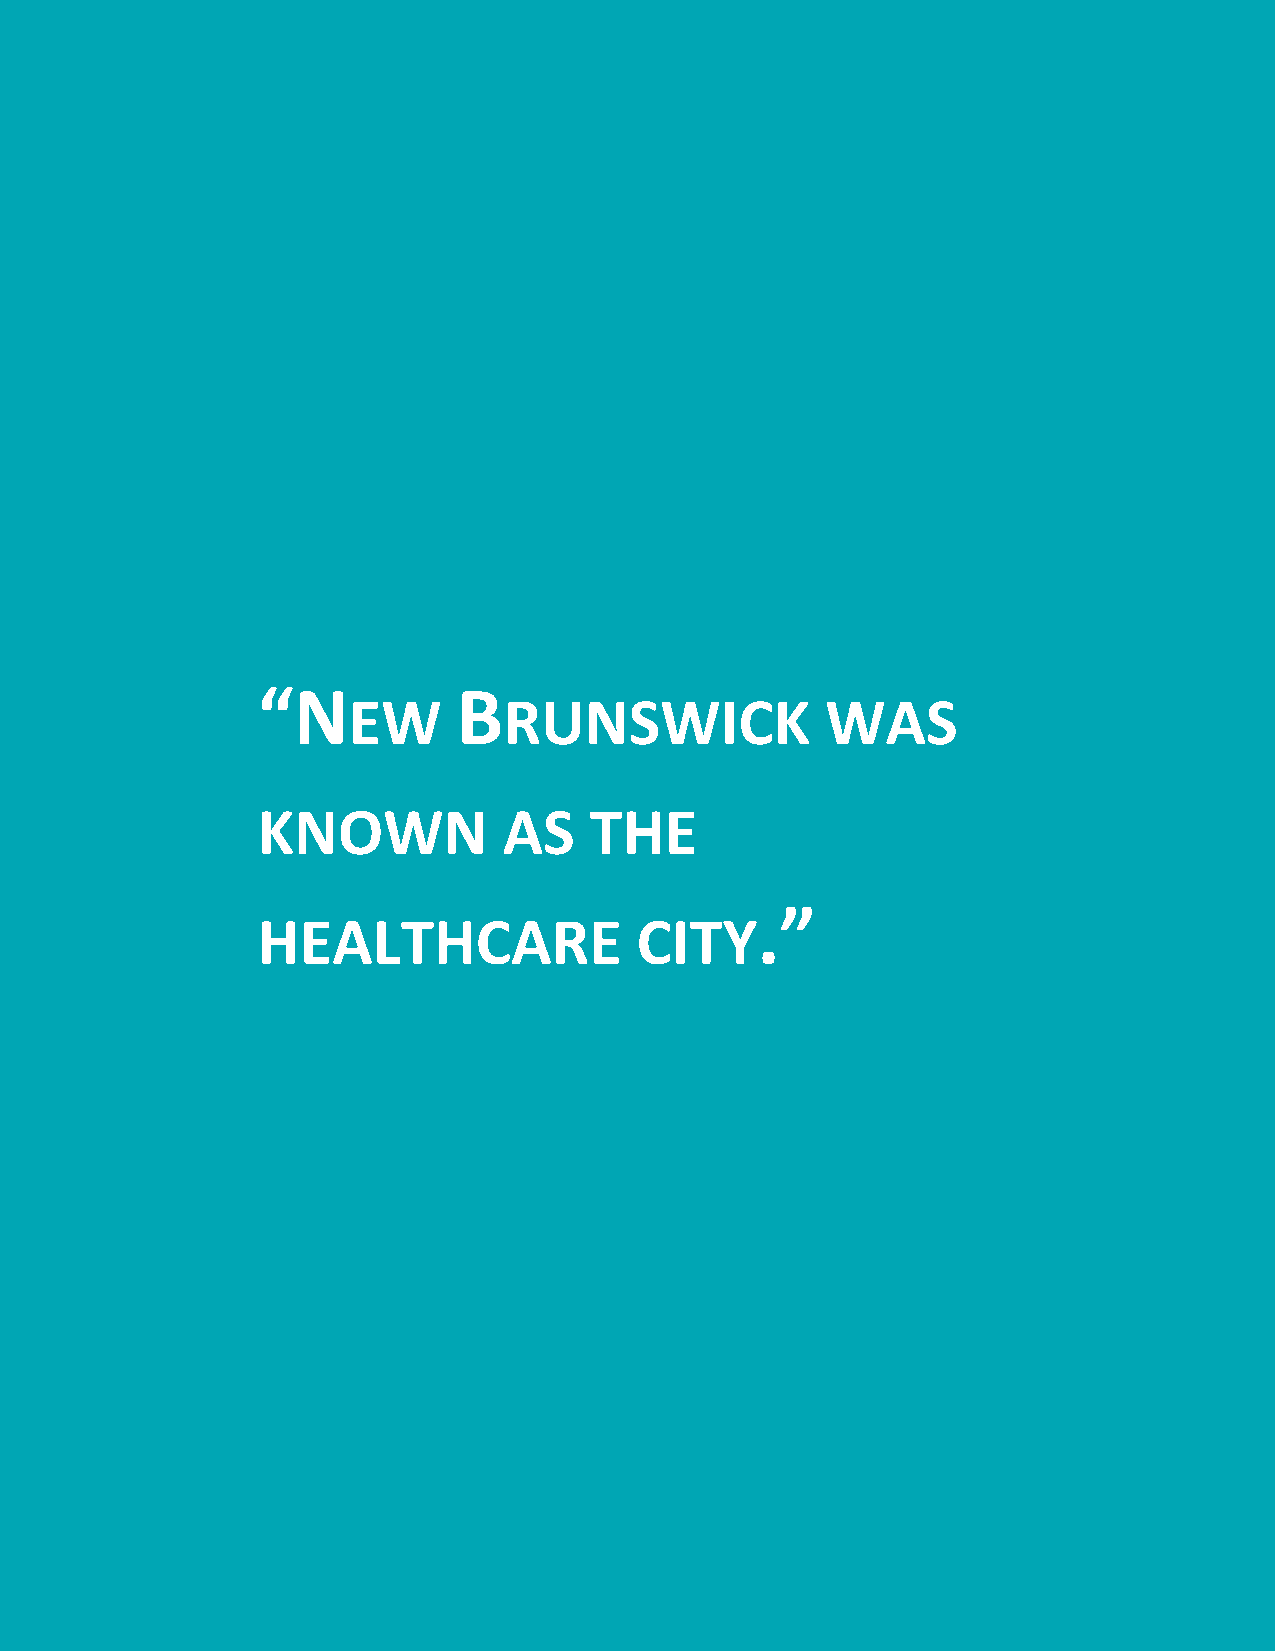
“N           B
 EW        RUNSWICK              WAS
 KNOWN           AS    THE
 .”
 HEALTHCARE               CITY
 2 | An O ral Histo ry o f Bridge to Em ploy me nt